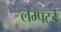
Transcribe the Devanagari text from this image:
लम्पटई